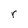
Character: r